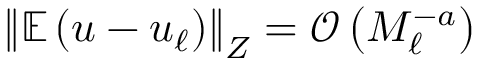
\left\Vert \mathbb { E } \left( u - u _ { \ell } \right) \right\Vert _ { Z } = \mathcal { O } \left( M _ { \ell } ^ { - a } \right)